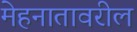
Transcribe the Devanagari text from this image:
मेहनातावरील